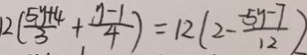
2 ( \frac { 5 y + 4 } { 3 } + \frac { y - 1 } { 4 } ) = 1 2 ( 2 - \frac { - 5 y - 7 } { 1 2 } )